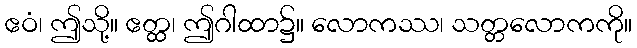
ဧဝံ၊ ဤသို့။ ဧတ္ထ၊ ဤဂါထာ၌။ လောကဿ၊ သတ္တလောကကို။